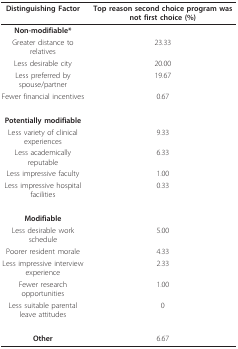
<table><thead><tr><td><b>Distinguishing Factor</b></td><td><b>Top reason second choice program was not first choice (%)</b></td></tr></thead><tbody><tr><td><b>Non-modifiable*</b></td><td></td></tr><tr><td>Greater distance to relatives</td><td>23.33</td></tr><tr><td>Less desirable city</td><td>20.00</td></tr><tr><td>Less preferred by spouse/partner</td><td>19.67</td></tr><tr><td>Fewer financial incentives</td><td>0.67</td></tr><tr><td><b>Potentially modifiable</b></td><td></td></tr><tr><td>Less variety of clinical experiences</td><td>9.33</td></tr><tr><td>Less academically reputable</td><td>6.33</td></tr><tr><td>Less impressive faculty</td><td>1.00</td></tr><tr><td>Less impressive hospital facilities</td><td>0.33</td></tr><tr><td><b>Modifiable</b></td><td></td></tr><tr><td>Less desirable work schedule</td><td>5.00</td></tr><tr><td>Poorer resident morale</td><td>4.33</td></tr><tr><td>Less impressive interview experience</td><td>2.33</td></tr><tr><td>Fewer research opportunities</td><td>1.00</td></tr><tr><td>Less suitable parental leave attitudes</td><td>0</td></tr><tr><td><b>Other</b></td><td>6.67</td></tr></tbody></table>